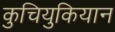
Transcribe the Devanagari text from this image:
कुचियुकियान